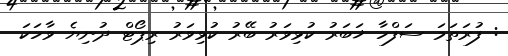
: ފުރަތަމަ ސަފްހާ ޚަބަރު ކުޅިވަރު ބޭރު ކުޅިވަރު ރިޕޯޓް ދުނިޔެ ވާހަކަ